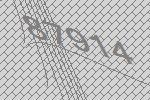
87914